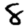
Digit: 8